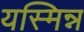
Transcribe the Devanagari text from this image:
यस्मिन्न